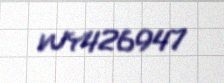
WY426947